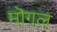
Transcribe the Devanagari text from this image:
मॊगल